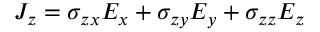
J _ { z } = \sigma _ { z x } E _ { x } + \sigma _ { z y } E _ { y } + \sigma _ { z z } E _ { z }